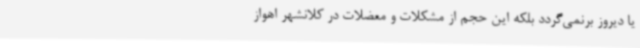
یا دیروز برنمی‌گردد بلکه این حجم از مشکلات و معضلات در کلانشهر اهواز